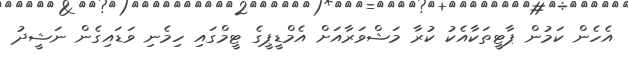
އެހެން ކަމުން ޕާޓީތަކާއެކު ކުރާ މަޝްވަރާއަށް އެމްޑީޕީގެ ޓީމްގައި ހިމެނި ވަޑައިގެން ނަޝީދު